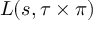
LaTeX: L ( s , \tau \times \pi )